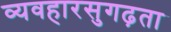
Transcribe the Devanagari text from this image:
व्यवहारसुगढ़ता